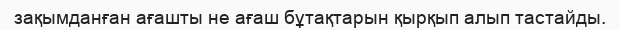
зақымданған ағашты не ағаш бұтақтарын қырқып алып тастайды.